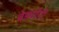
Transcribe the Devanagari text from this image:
बेर्ड्यांनी